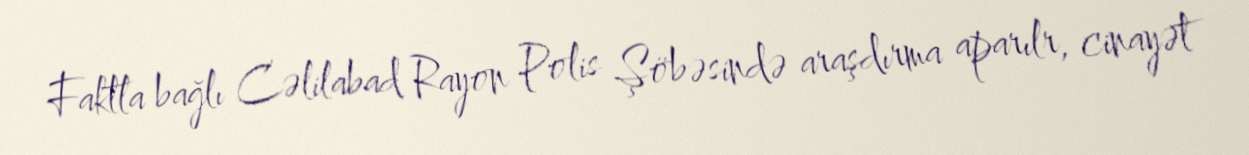
Faktla bağlı Cəlilabad Rayon Polis Şöbəsində araşdırma aparılr, cinayət